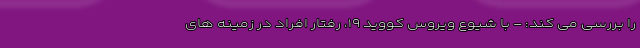
را بررسی می کند: - با شیوع ویروس کووید ۱۹، رفتار افراد در زمینه های